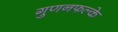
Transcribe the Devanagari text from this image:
गुणनफल्के